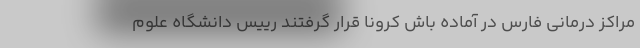
مراکز درمانی فارس در آماده باش کرونا قرار گرفتند رییس دانشگاه علوم